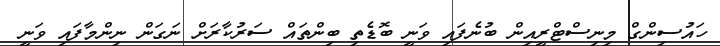
ހައުސިންގް މިނިސްޓްރީއިން ބުނެފައި ވަނީ ބޮޑެތި ބިންތައް ސަރުކާރަށް ނަގަން ނިންމާފައި ވަނީ